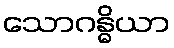
သောဂန္ဓိယာ